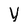
Character: V